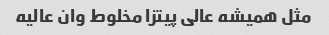
مثل همیشه عالی پیتزا مخلوط وان عالیه